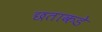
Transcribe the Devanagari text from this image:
छताकडे